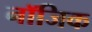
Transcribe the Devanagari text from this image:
नॉजिक